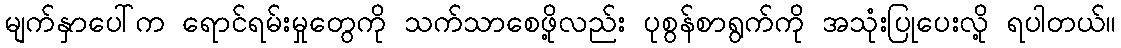
မျက်နှာပေါ်က ရောင်ရမ်းမှုတွေကို သက်သာစေဖို့လည်း ပုစွန်စာရွက်ကို အသုံးပြုပေးလို့ ရပါတယ်။